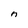
Character: n